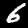
Label: 6